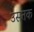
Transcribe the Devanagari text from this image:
उसतक